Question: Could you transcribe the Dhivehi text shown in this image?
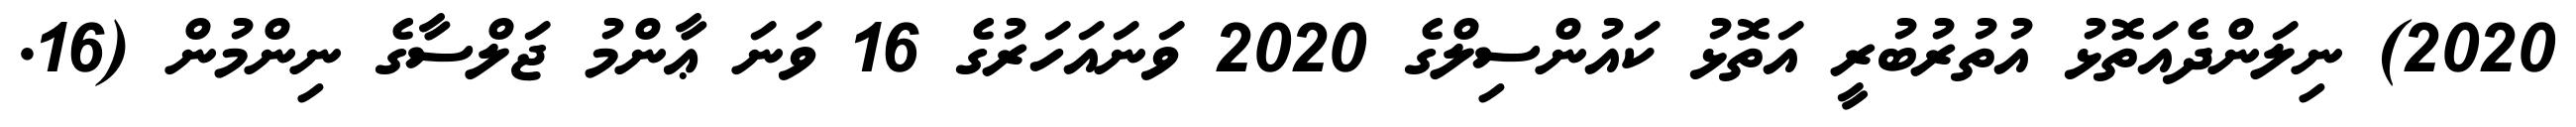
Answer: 2020) ނިލަންދެއަތޮޅު އުތުރުބުރީ އަތޮޅު ކައުންސިލްގެ 2020 ވަނައަހަރުގެ 16 ވަނަ ޢާންމު ޖަލްސާގެ ނިންމުން (16.